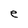
Character: e